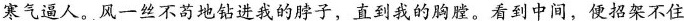
寒气逼人。风一丝不苟地钻进我的脖子，直到我的胸膛。看到中间，便招架不住